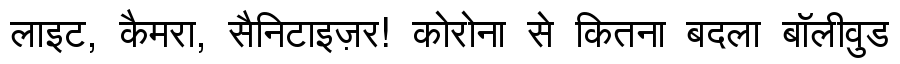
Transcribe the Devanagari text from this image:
लाइट, कैमरा, सैनिटाइज़र! कोरोना से कितना बदला बॉलीवुड